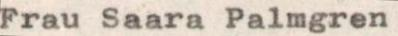
Frau Saara Palmgren